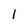
Character: l